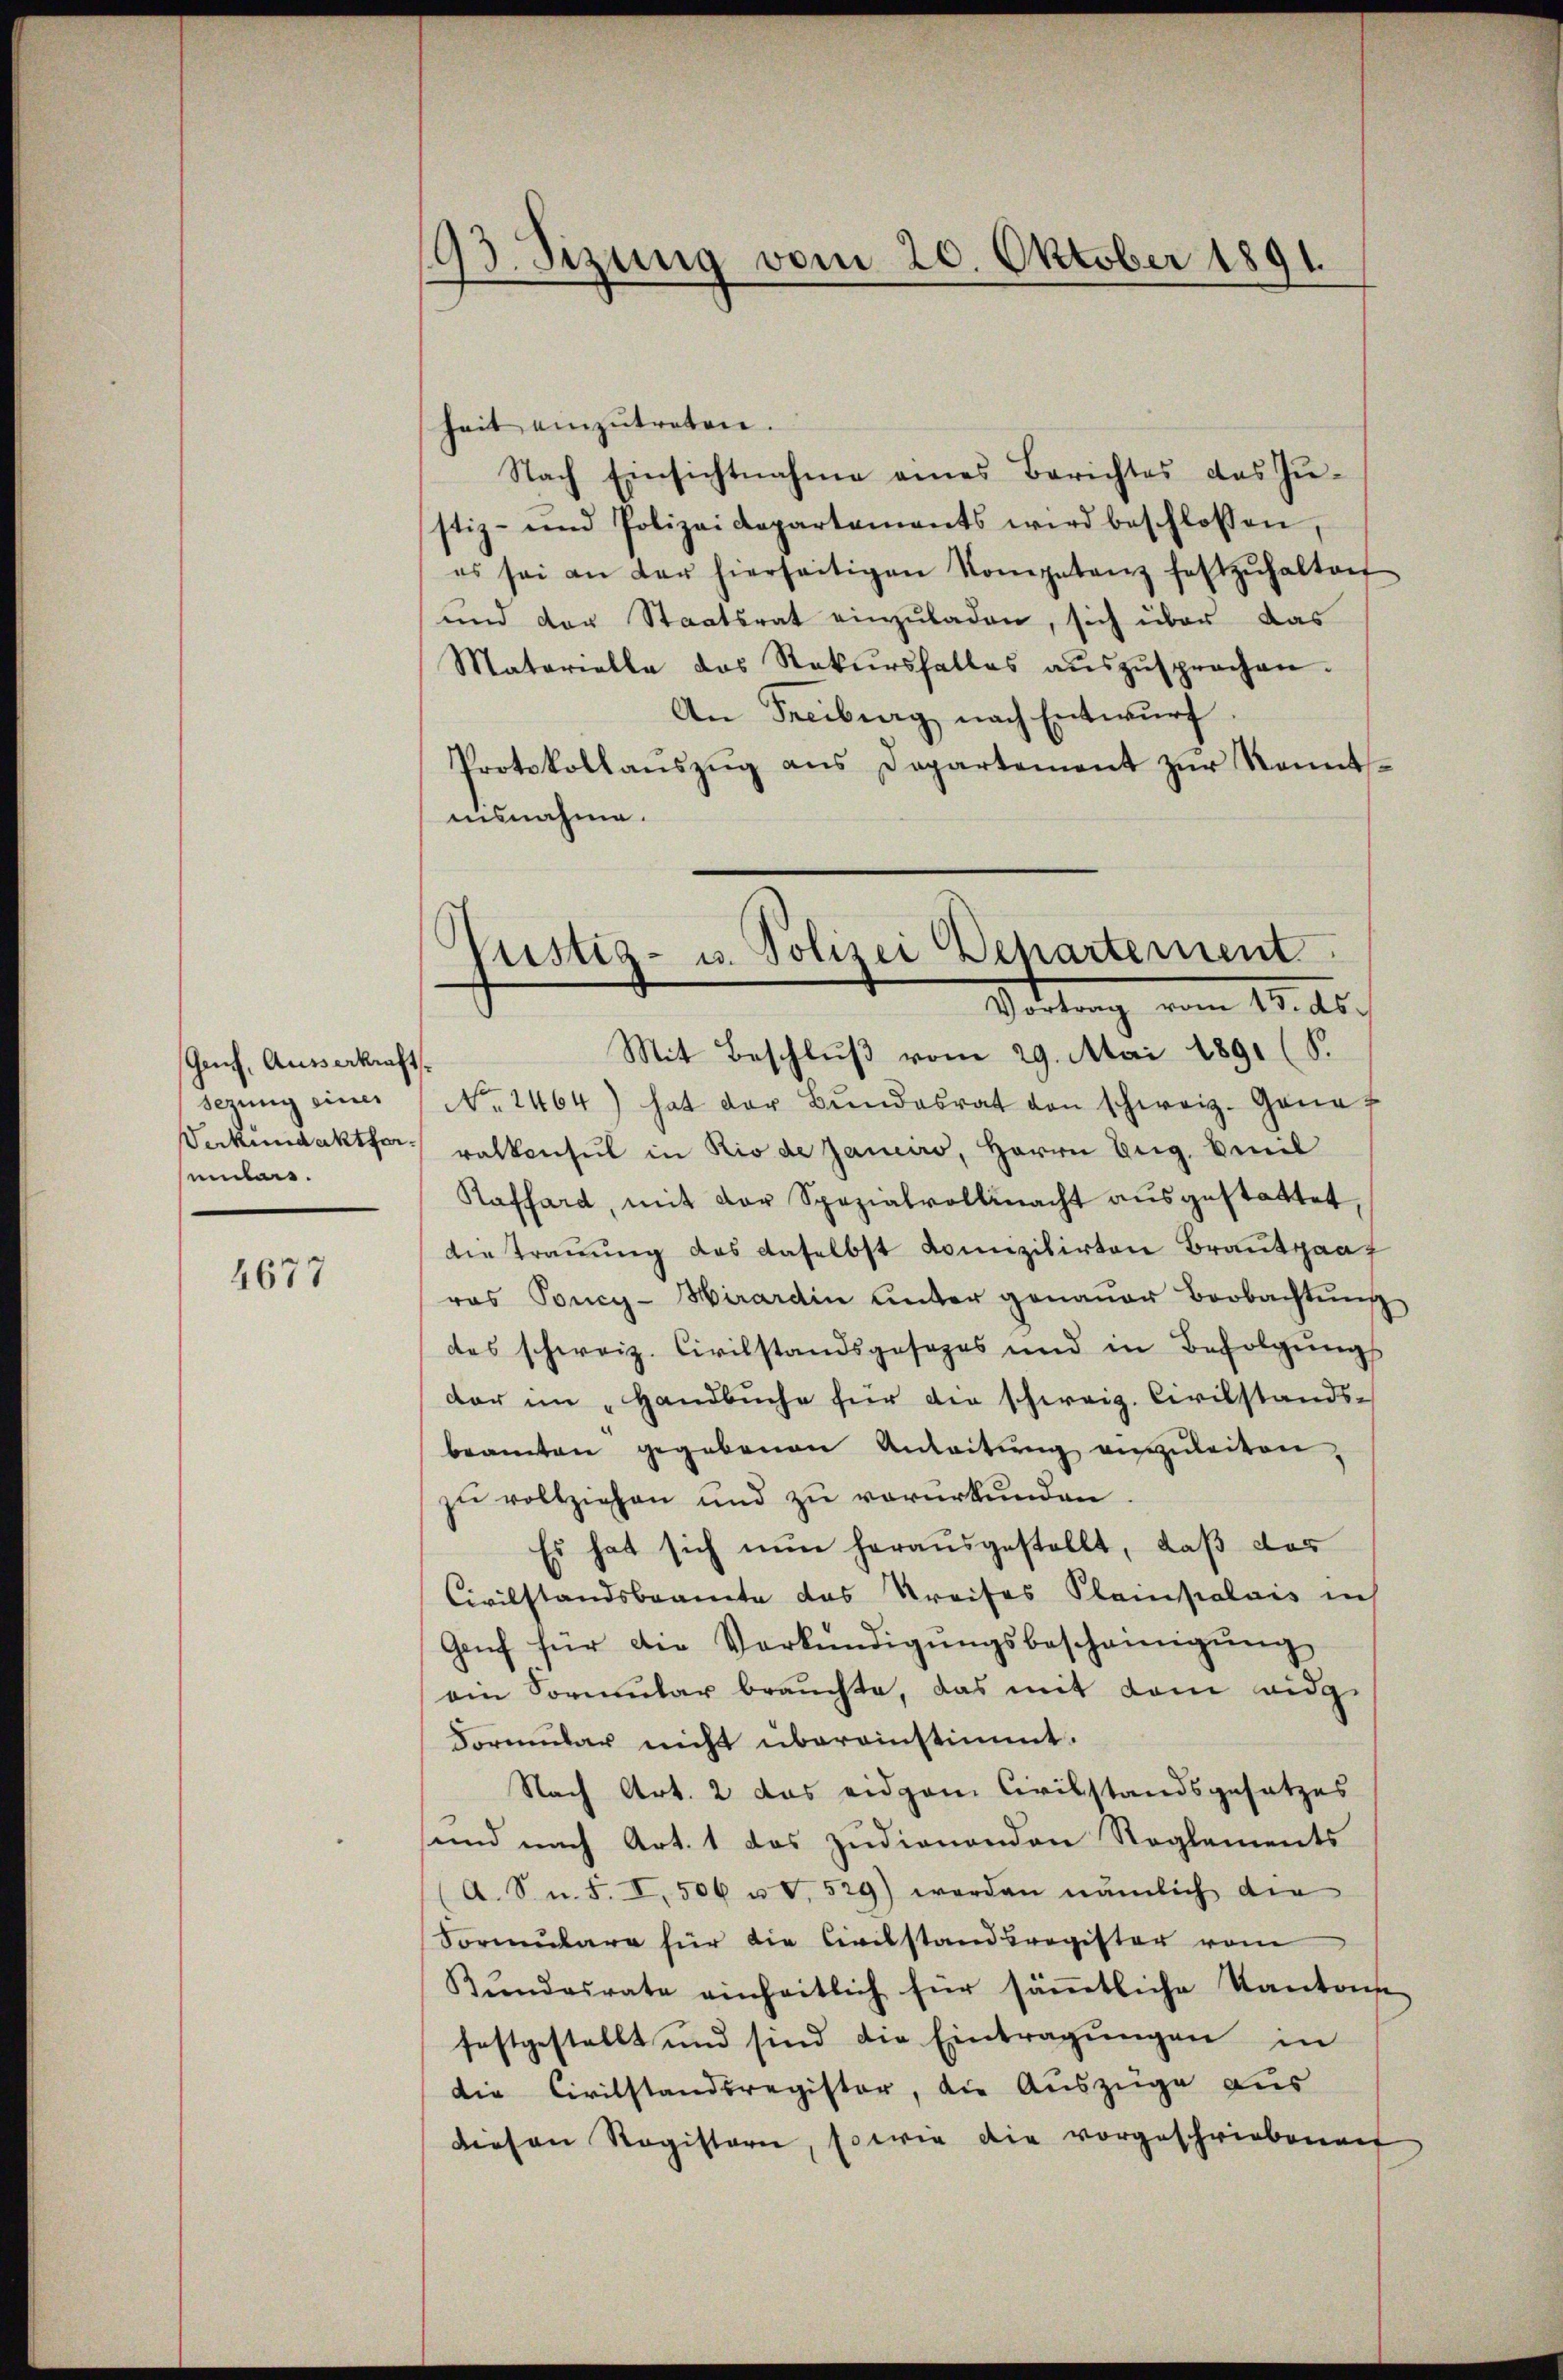
Genf, Ausserkraft.
serung einer
umlers.

4677

93. Sizung vom 20. Oktober 1891.
s

heit einzŭtreten.
Nach Einsichtnahme eines Berichtes das Zŭ-
stiz- und Polizeidepartements wird beschlossen,
es sei an der hierseitigen Kompetenz festzŭhalten
und der Staatsrat einzŭladen, sich über das
Matarielle das Rekŭrsfalles aŭszŭsprochen.
An Freiburg nach Entwurf
Protokollaŭszŭg ans Departement zŭr Kennt-
nisnahme.
Mit Beschluß vom 29. Mai 1891 (S.
No. 1464) hat der Bŭndesrat von schweiz. Gena
Werkundakter Balkonsul in Rio de Janeiro, Herrn Zug, Emil
Raffard, mit der Spezialvollmacht aŭsgestattet,
Die Trauung das daselbst domizilirten Brautpaaf
ras Poncy-Hirardin unter genaŭer Beobachtŭng
des schweiz. Civilstandsgesezes und in Befolgŭngs
dar im „Handbüche für die schweiz. Civilstands-
beamten gegebenen Anleitŭng angeleiten,
zu vollziehen und zu verurkunden.
Es hat sich nun herausgestellt, daß das
Civilstandsbeamte das Streises Planpalais in
Genf für die Verkündigŭngsbescheinigŭng
ein Sormŭlar brauchte, das mit dem eidg
Formular nicht übereinstimmt.
Nach Art. 2 das eidgem Civilstandsgesetzes
sund nach Art. 1 das zudienenden Reglements
A. S. n. F. I, 506 u. v. 529) werden nämlich die
Sormulare für die Civilstandsregister vom
Bŭndesrate einheitlich für säṁtliche Kantons
festgestellt und sind die Eintragŭngen in
die Civilstandsregister, die Auszüge aus
diesen Registern, sowie die vorgeschriebenen

6
fustiz- u. Polizei Departement
Vittung vom 18. ds.